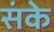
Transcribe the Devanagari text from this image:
संके